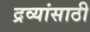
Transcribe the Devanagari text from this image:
द्रव्यांसाठी